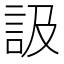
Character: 訯